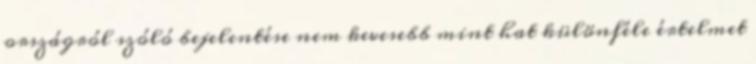
országról szóló bejelentése nem kevesebb mint hat különféle értelmet